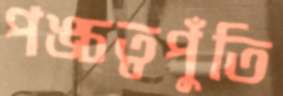
পঙ্চত্বপুঁতি